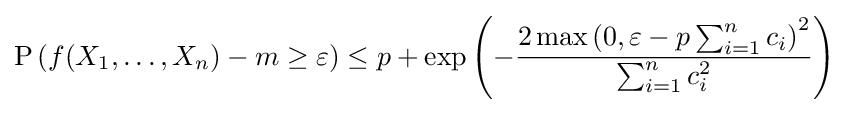
{\text{P}}\left(f(X_{1},\ldots ,X_{n})-m\geq \varepsilon \right)\leq p+\exp \left(-{\frac {2\max \left(0,\varepsilon -p\sum _{i=1}^{n}c_{i}\right)^{2}}{\sum _{i=1}^{n}c_{i}^{2}}}\right)